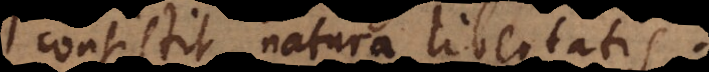
consistit natura libertatis.